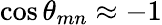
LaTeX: \cos\theta_{mn}\approx-1